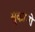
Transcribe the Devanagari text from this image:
सुकानो